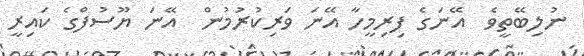
ނުލިބޭތީވެ  އޭނަގެ ފިރިމީހާ އޭނަ ވަރިކުރުމުން  އޭނަ ޔޫސުފްގެ ކައިރީ